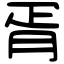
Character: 胥